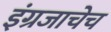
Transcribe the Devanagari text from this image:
इंग्रजाचेच